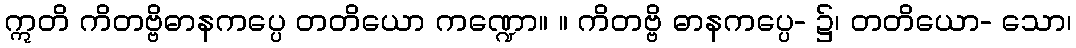
ဣတိ ကိတဗ္ဗိဓာနကပ္ပေ တတိယော ကဏ္ဍော။ ။ ကိတဗ္ဗိ ဓာနကပ္ပေ- ၌၊ တတိယော- သော၊